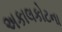
અકાલકોટના